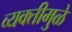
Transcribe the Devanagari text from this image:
व्यक्तीमुळे